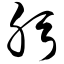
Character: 肟